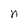
Character: n